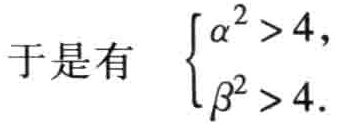
于是有 \(\begin{cases}

\alpha^{2} > 4,\\

\beta^{2} > 4.

\end{cases}\)